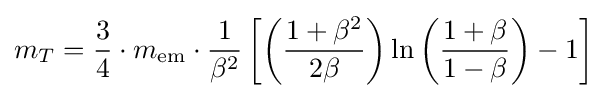
m_{T}={\frac {3}{4}}\cdot m_{\mathrm {em} }\cdot {\frac {1}{\beta ^{2}}}\left[\left({\frac {1+\beta ^{2}}{2\beta }}\right)\ln \left({\frac {1+\beta }{1-\beta }}\right)-1\right]